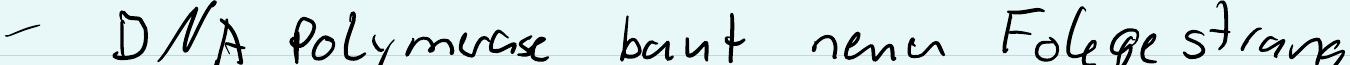
- DNA Poylmerase baut neuen Folgestrang